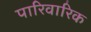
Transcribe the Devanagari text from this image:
पारिवारिक